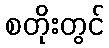
စတိုးတွင်